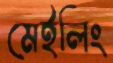
মেইলিং